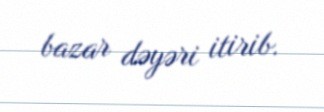
bazar dəyəri itirib.